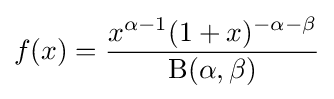
f(x)={\frac {x^{\alpha -1}(1+x)^{-\alpha -\beta }}{\mathrm {B} (\alpha ,\beta )}}